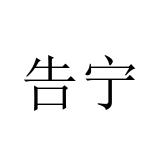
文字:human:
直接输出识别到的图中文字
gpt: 告宁